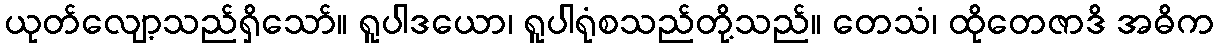
ယုတ်လျော့သည်ရှိသော်။ ရူပါဒယော၊ ရူပါရုံစသည်တို့သည်။ တေသံ၊ ထိုတေဇာဒိ အဓိက